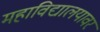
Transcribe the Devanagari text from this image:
महाविद्यालयावर